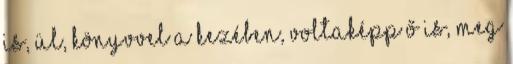
is, ül, könyvvel a kezében, voltaképp ő is, meg